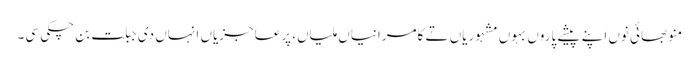
منو بھائی نوں اپنے پیشے پاروں بہوں مشہوریاں تے کامرانیاں ملیاں، پرعاجزیاں انہاں دی جبلت بن چکی سی۔